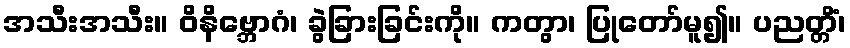
အသီးအသီး။ ဝိနိဗ္ဘောဂံ၊ ခွဲခြားခြင်းကို။ ကတွာ၊ ပြုတော်မူ၍။ ပညတ္တိံ၊